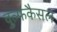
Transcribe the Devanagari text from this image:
वुल्फकैसल